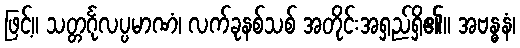
ဖြင့်။ သတ္တင်္ဂုလပ္ပမာဏံ၊ လက်ခုနစ်သစ် အတိုင်းအရှည်ရှိ၏။ အဗန္ဓနံ၊